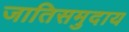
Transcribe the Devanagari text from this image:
जातिसमुदाय